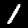
Digit: 1